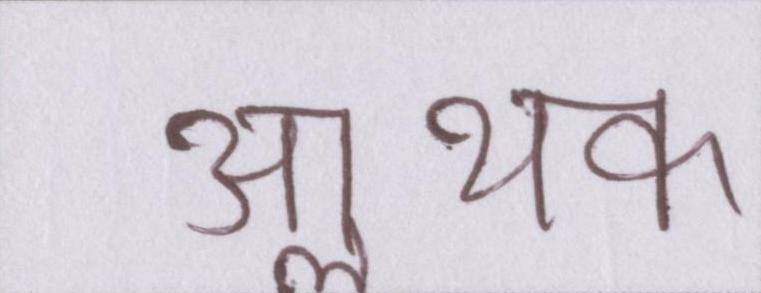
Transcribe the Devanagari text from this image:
आॢथक